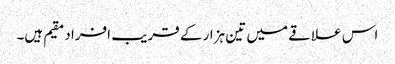
اس علاقے میں تین ہزار کے قریب افراد مقیم ہیں۔